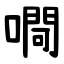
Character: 㗿